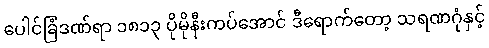
ပေါင်ခြံဒဏ်ရာ ၁၈၁၃ ပိုမိုနီးကပ်အောင် ဒီရောက်တော့ သရဏဂုံနှင့်